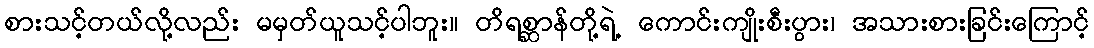
စားသင့်တယ်လို့လည်း မမှတ်ယူသင့်ပါဘူး။ တိရစ္ဆာန်တို့ရဲ့ ကောင်းကျိုးစီးပွား၊ အသားစားခြင်းကြောင့်